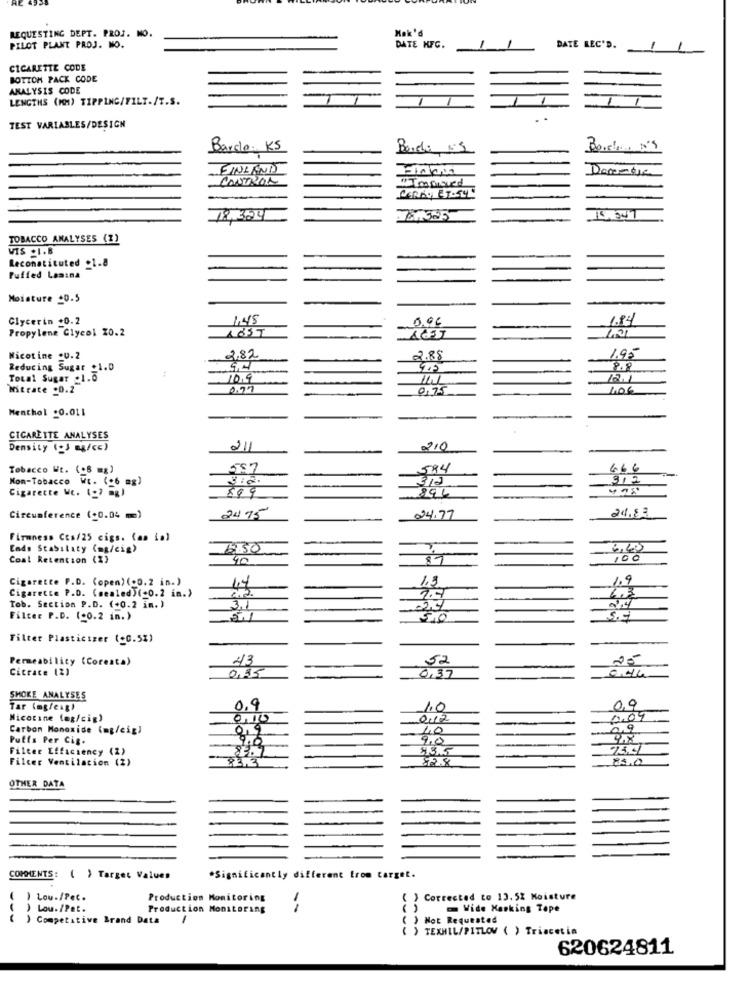
Mak'd
REQUESTING DEPT. PROJ. NO.
PILOT PLANT PROJ. MO.
DATE KFC.
1
DATE REC'D.
CIGARETTE CODE
BOTTOM PACK CODE
ANALYSIS CODE
LENGTHS (KM) TIPPING/FILT./T.S.
TEST VARIABLES/DESIGN
Barco KS
Borda 15
FINLAND
CONTROL
TOBACCO ANALYSES (Z)
WIS . 1.B
Leconstituted +1.8
Puffed Lasina
Moisture +0.5
Glycerin +0.2
1.45
0.96
1.84
Propylene Glycol 20.2
195
Nicotine .U.2
2.82
Reducing Sugar _1.0
8.8
Total Sugar .1.0
10.9
11.1
12.1
Nitrate .0.2
0.27
0,75
Menthol .0.011
CIGARETTE ANALYSES
Density ( m/cc)
211
210
Tobacco Wt. (.8 mg)
557
584
666
Mon-Tobacco Wi. (+6 mg)
312
912
Cigarette Wt. (-7 mg)
894
899
24.83
Circumference (+0.04 m)
2475
24.77
Firmness CEs/25 cigs. (aa ial
Ends Stability (mg/cig)
6.60
Coal Retention (%)
40
87
100
Cigarette P.D. (open) (.0.2 in.)
1.3
1.9
Cigarette P.D. (sealed)(+0.2 in.)
63
2.4
Tob. Section P.D. (+0.2 im. )
24
Filter P.D. (-0.2 in.)
5.1
5,0
Filter Plasticizer (+0.5%)
Permeability (Coreata)
23
52
25
Cicrace (2)
0,35
0,37
SMOKE ANALYSES
Tar (mg/eag)
0,9
1.0
0,9
Nicotine (ag/cig)
0,10
0.09
Carbon Monoxide (mg/cig)
0,9
40
0,9
Putts Per Cis.
9.0
9,0
9.8
Filter Efficiency (2)
83.
Filter Ventilation (2)
82.8
850
OTHER DATA
COMMENTS: ( ) Target Values
*Significantly different from target.
Lou./Pet.
Production Monitoring
( ) Corrected to 13.5% Moisture
( ) Lou./Pet.
Production Monitoring
--
()
Wide Masking Tape
( ) Competitive Brand Data
( ) Not Requested
( ) TEXHIL/PITLOV ( ) Triacetin
620624811